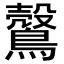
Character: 𪅏